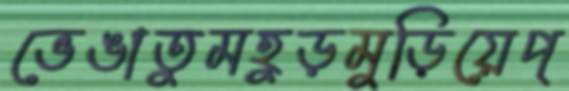
ভেঙাতুমহুড়মুড়িয়েপ্